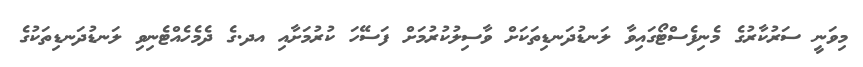
މިވަނީ ސަރުކާރުގެ މެނިފެސްޓޯގައިވާ ލަނޑުދަނޑިތަކަށް ވާސިލުކުރުމަށް ފަސޭހަ ކުރުމަށާއި އދ.ގެ ދެމެހެއްޓެނިވި ލަނޑުދަނޑިތަކުގެ